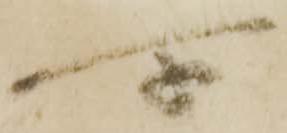
所